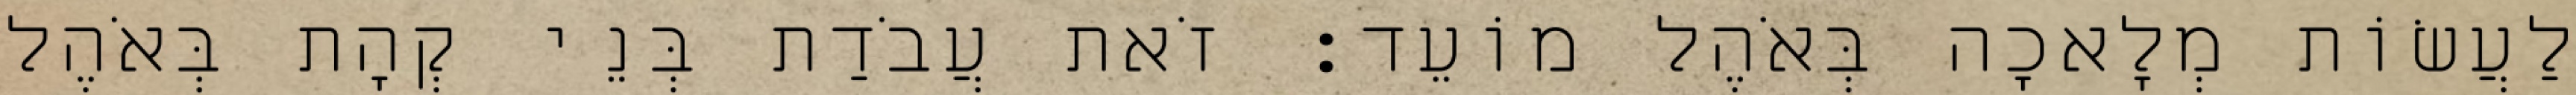
לַעֲשׂוֹת מְלָאכָה בְּאֹהֶל מוֹעֵד׃ זֹאת עֲבֹדַת בְּנֵי קְהָת בְּאֹהֶל